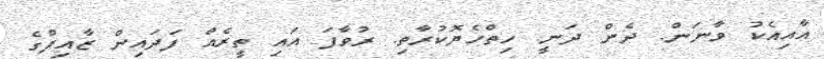
އާއިއެކު ވާނަން. ދެން ދަނީ. ހިތްހެޔޮކުރާތި. ރުވާފަ އައި ތީރެއް ފަދައިން ޒާއިފްގެ